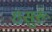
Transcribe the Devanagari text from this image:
हसुरू